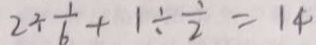
2 \div \frac { 1 } { 6 } + 1 \div \frac { 1 } { 2 } = 1 4